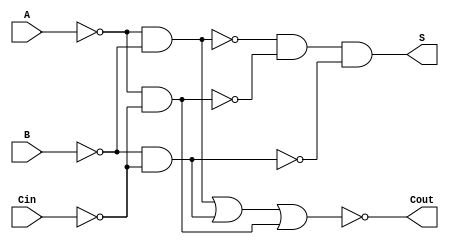
module NegativeCircuitFullAdder (
    input wire A,       // First input (active low)
    input wire B,       // Second input (active low)
    input wire Cin,     // Carry-in (active low)
    output wire S,      // Sum output (active low)
    output wire Cout     // Carry-out output (active low)
);

// Intermediate signals
wire A_n, B_n, Cin_n;           // Inverted inputs
wire AB, AC, BC;                // Intermediate AND terms
wire Sum_xor;                   // Intermediate XOR result

// Inverting inputs for active-low logic
assign A_n = ~A;               // A in active state
assign B_n = ~B;               // B in active state
assign Cin_n = ~Cin;           // Cin in active state

// XOR operation (using NAND gates)
// Sum = NOT (A XOR B XOR Cin) = NOT (~(A_n & B_n) & ~(A_n & Cin_n) & ~(B_n & Cin_n))
assign Sum_xor = ~(~(A_n & B_n) & ~(A_n & Cin_n) & ~(B_n & Cin_n));
assign S = ~Sum_xor;           // Active low sum output

// Carry out calculation
// Cout = NOT ((A AND B) OR (B AND Cin) OR (A AND Cin))
// Cout = NOT (AB + BC + AC)
assign AB = A_n & B_n;         // A AND B
assign BC = B_n & Cin_n;       // B AND Cin
assign AC = A_n & Cin_n;       // A AND Cin
assign Cout = ~(AB | BC | AC); // Active low carry out

endmodule